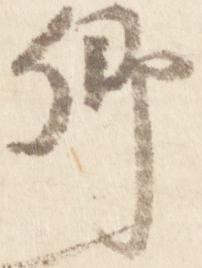
卿